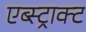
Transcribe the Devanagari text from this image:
एब्स्ट्राक्ट